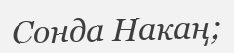
Сонда Накаң;